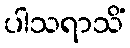
ပါသရာသိံ